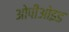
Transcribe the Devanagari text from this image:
ओपीओइड